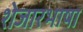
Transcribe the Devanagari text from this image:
शेजारभाषा